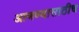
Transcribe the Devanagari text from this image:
आणण्यासाठीच